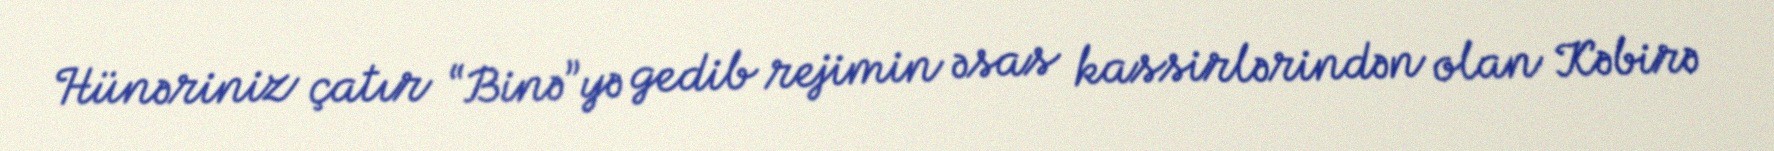
Hünəriniz çatır “Binə”yə gedib rejimin əsas kassirlərindən olan Kəbirə